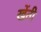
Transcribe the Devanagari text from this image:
खेंती